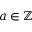
a \in \mathbb { Z }